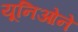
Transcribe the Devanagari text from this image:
यूनिओने